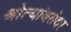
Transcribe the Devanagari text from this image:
श्रोत्यांबरोबर